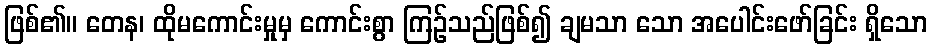
ဖြစ်၏။ တေန၊ ထိုမကောင်းမှုမှ ကောင်းစွာ ကြဉ်သည်ဖြစ်၍ ချမသာ သော အပေါင်းဖော်ခြင်း ရှိသော